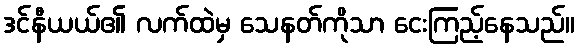
ဒင်နီယယ်၏ လက်ထဲမှ သေနတ်ကိုသာ ငေးကြည့်နေသည်။